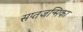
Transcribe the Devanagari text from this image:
सप्तजन्मिका